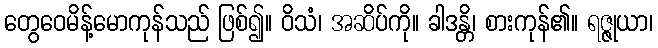
တွေဝေမိန့်မောကုန်သည် ဖြစ်၍။ ဝိသံ၊ အဆိပ်ကို။ ခါဒန္တိ၊ စားကုန်၏။ ရဇ္ဇုယာ၊